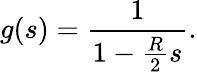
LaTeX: g(s)=\frac{1}{1-\frac{R}{2}s}.